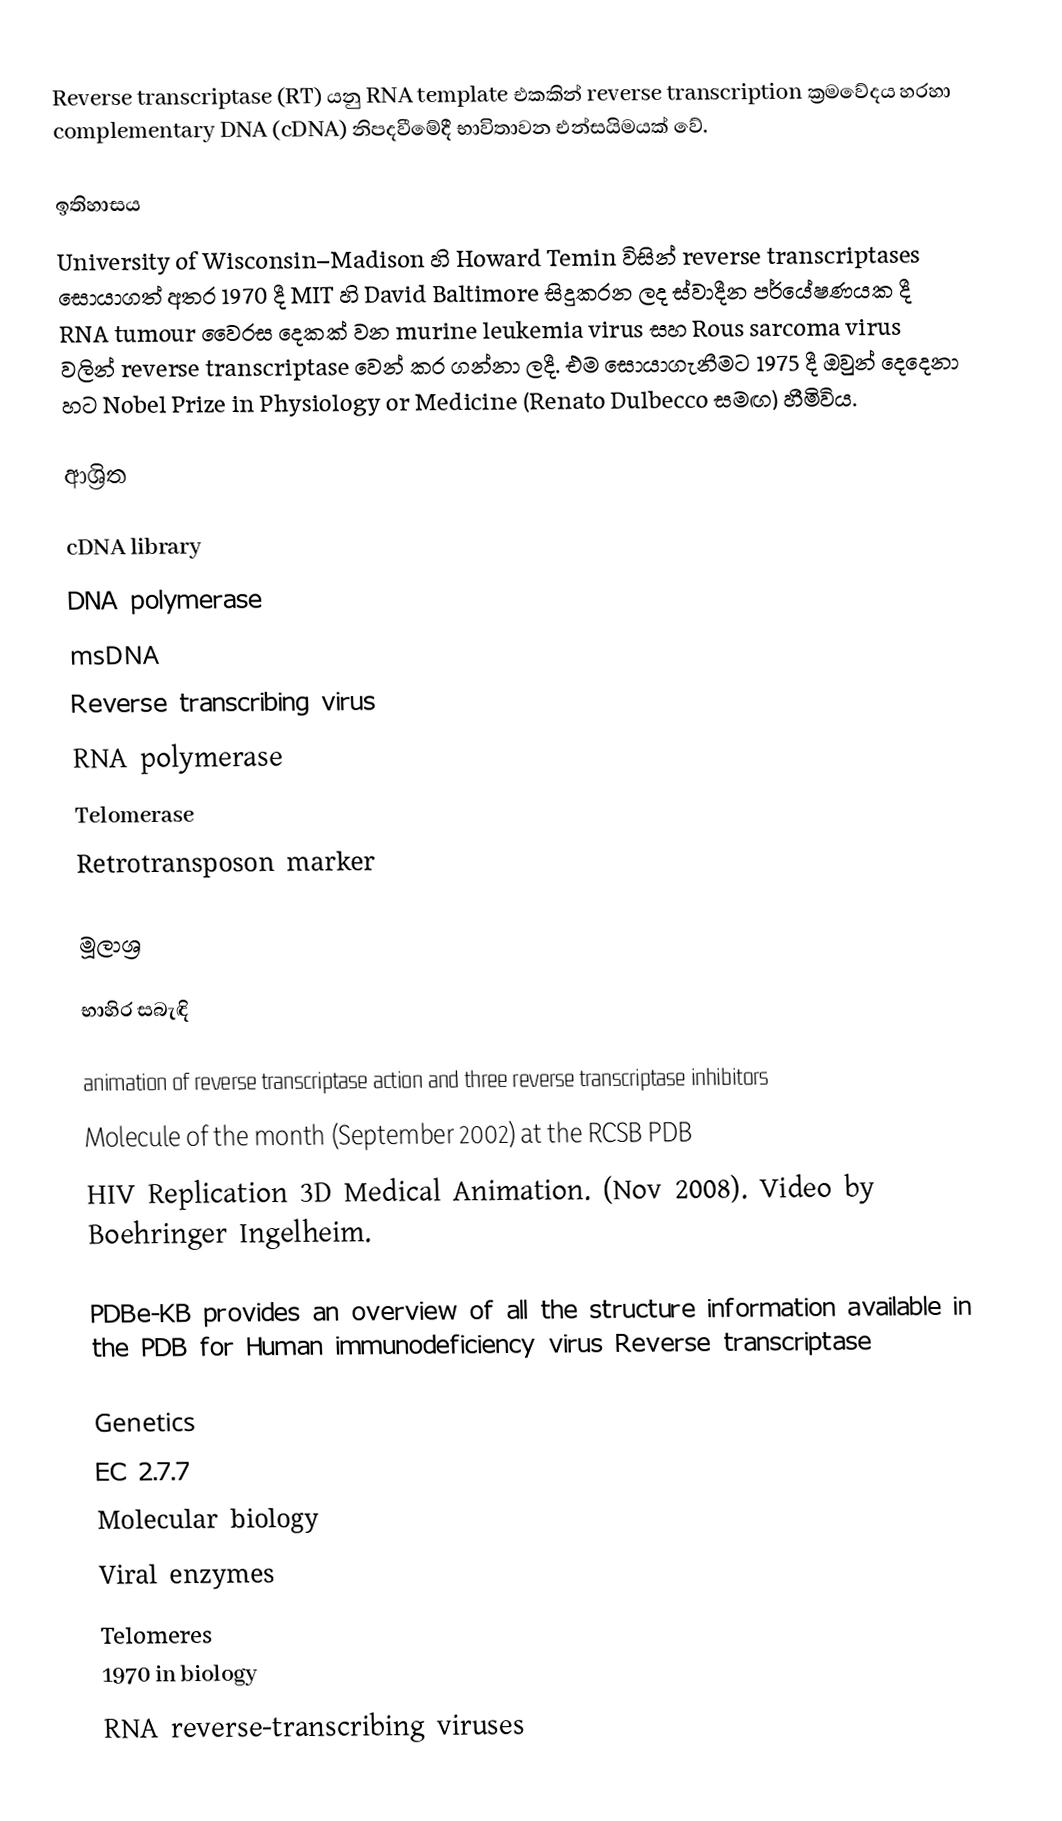
Reverse transcriptase (RT) යනු RNA template එකකින් reverse transcription ක්‍රමවේදය හරහා complementary DNA (cDNA) නිපදවීමේදී භාවිතාවන එන්සයිමයක් වේ.

ඉතිහාසය
University of Wisconsin–Madison හි Howard Temin විසින් reverse transcriptases සොයාගත් අතර  1970 දී MIT හි David Baltimore සිදුකරන ලද ස්වාදීන පර්යේෂණයක දී RNA tumour වෛරස දෙකක් වන murine leukemia virus සහ Rous sarcoma virus වලින් reverse transcriptase වෙන් කර ගන්නා ලදී. එම සොයාගැනීමට 1975 දී ඔවුන් දෙදෙනා හට Nobel Prize in Physiology or Medicine (Renato Dulbecco සමඟ) හීමිවිය.

ආශ්‍රිත

cDNA library
DNA polymerase
msDNA
Reverse transcribing virus
RNA polymerase
Telomerase
Retrotransposon marker

මූලාශ්‍ර

භාහිර සබැඳි

 animation of reverse transcriptase action and three reverse transcriptase inhibitors
 Molecule of the month (September 2002) at the RCSB PDB
 HIV Replication 3D Medical Animation. (Nov 2008). Video by Boehringer Ingelheim.

 PDBe-KB provides an overview of all the structure information available in the PDB for Human immunodeficiency virus Reverse transcriptase

Genetics
EC 2.7.7
Molecular biology
Viral enzymes
Telomeres
1970 in biology
RNA reverse-transcribing viruses